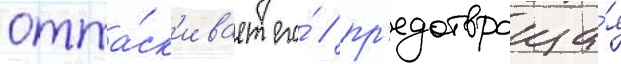
отта́ск'ивает его́ / пр'едотвраща́я